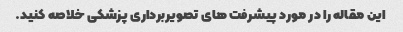
این مقاله را در مورد پیشرفت های تصویربرداری پزشکی خلاصه کنید.